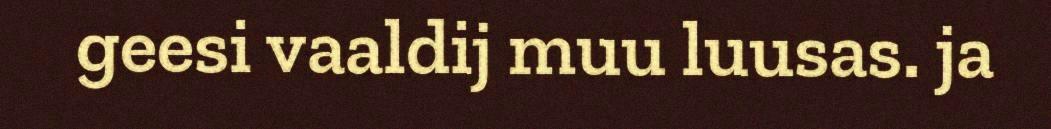
geesi vaaldij muu luusas. ja